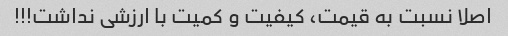
اصلا نسبت به قیمت، کیفیت و کمیت با ارزشی نداشت!!!